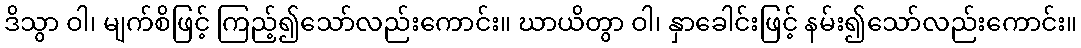
ဒိသွာ ဝါ၊ မျက်စိဖြင့် ကြည့်၍သော်လည်းကောင်း။ ဃာယိတွာ ဝါ၊ နှာခေါင်းဖြင့် နမ်း၍သော်လည်းကောင်း။